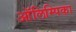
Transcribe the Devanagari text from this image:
ऑलिम्पिका